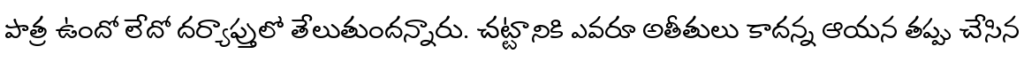
పాత్ర ఉందో లేదో దర్యాప్తులో తేలుతుందన్నారు. చట్టానికి ఎవరూ అతీతులు కాదన్న ఆయన తప్పు చేసిన